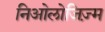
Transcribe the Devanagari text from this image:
निओलोजिज़्म